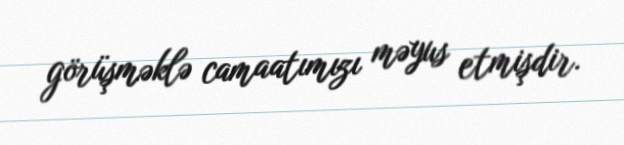
görüşməklə camaatımızı məyus etmişdir.